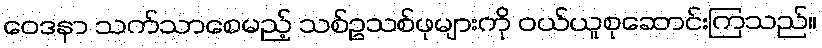
ဝေဒနာ သက်သာစေမည့် သစ်ဥသစ်ဖုများကို ဝယ်ယူစုဆောင်းကြသည်။